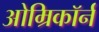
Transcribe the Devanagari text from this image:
ओम्रिकॉर्न